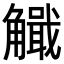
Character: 𧥄